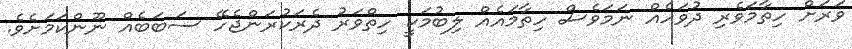
ވަރަށް ހިތާމަވެރި ދުވަހެއް ނަމަވެސް ހިތާމައެއް ލިބުމަކީ ހިތްވަރު ދެރަކުރަންޖެހޭ ސަބަބެއް ނޫންކަމަށެވެ.